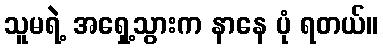
သူမရဲ့ အရှေ့သွားက နာနေ ပုံ ရတယ်။